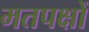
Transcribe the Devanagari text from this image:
मतपक्षों